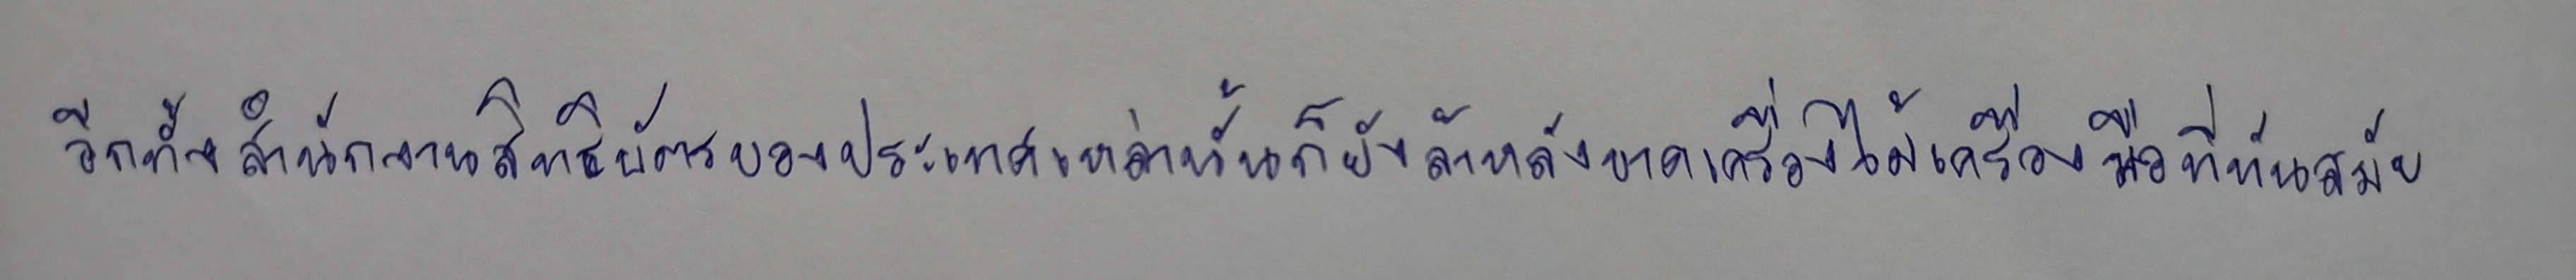
อีกทั้งสำนักงานสิทธิบัตรของประเทศเหล่านั้นก็ยังล้าหลังขาดเครื่องไม้เครื่องมือที่ทันสมัย